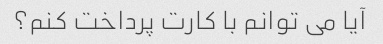
آیا می توانم با کارت پرداخت کنم؟